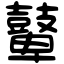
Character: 鼙